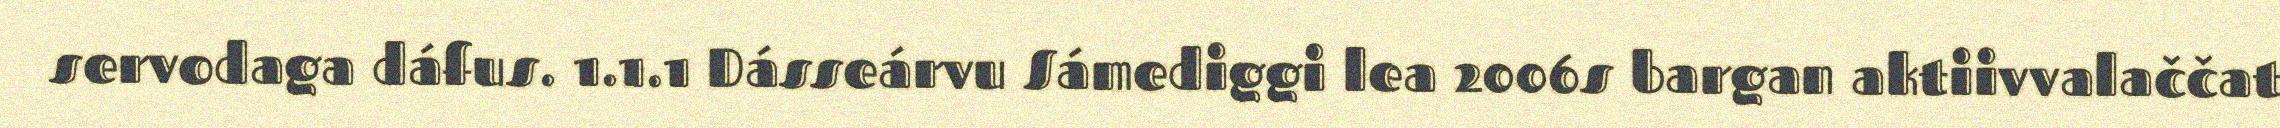
servodaga dáfus. 1.1.1 Dásseárvu Sámediggi lea 2006s bargan aktiivvalaččat